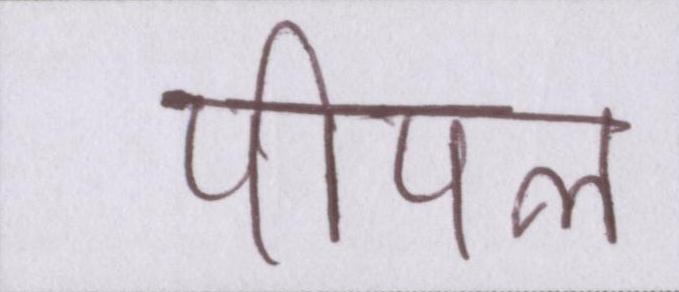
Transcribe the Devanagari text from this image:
पीपल